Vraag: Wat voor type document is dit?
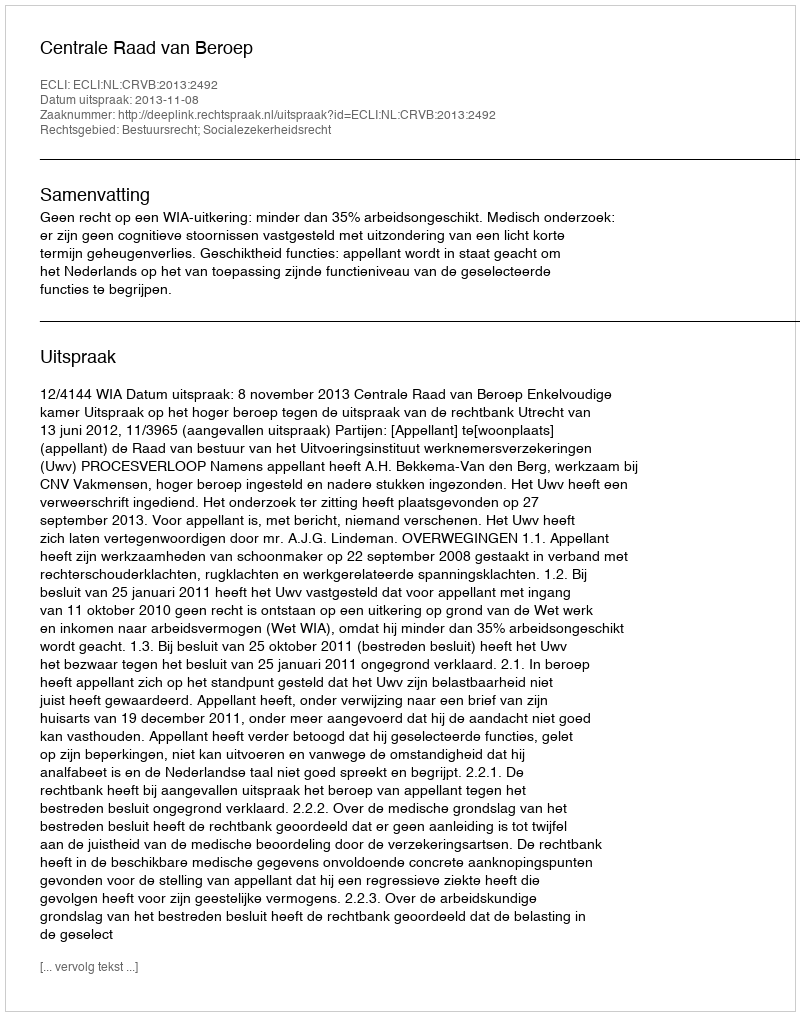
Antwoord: Uitspraak